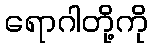
ရောဂါတို့ကို